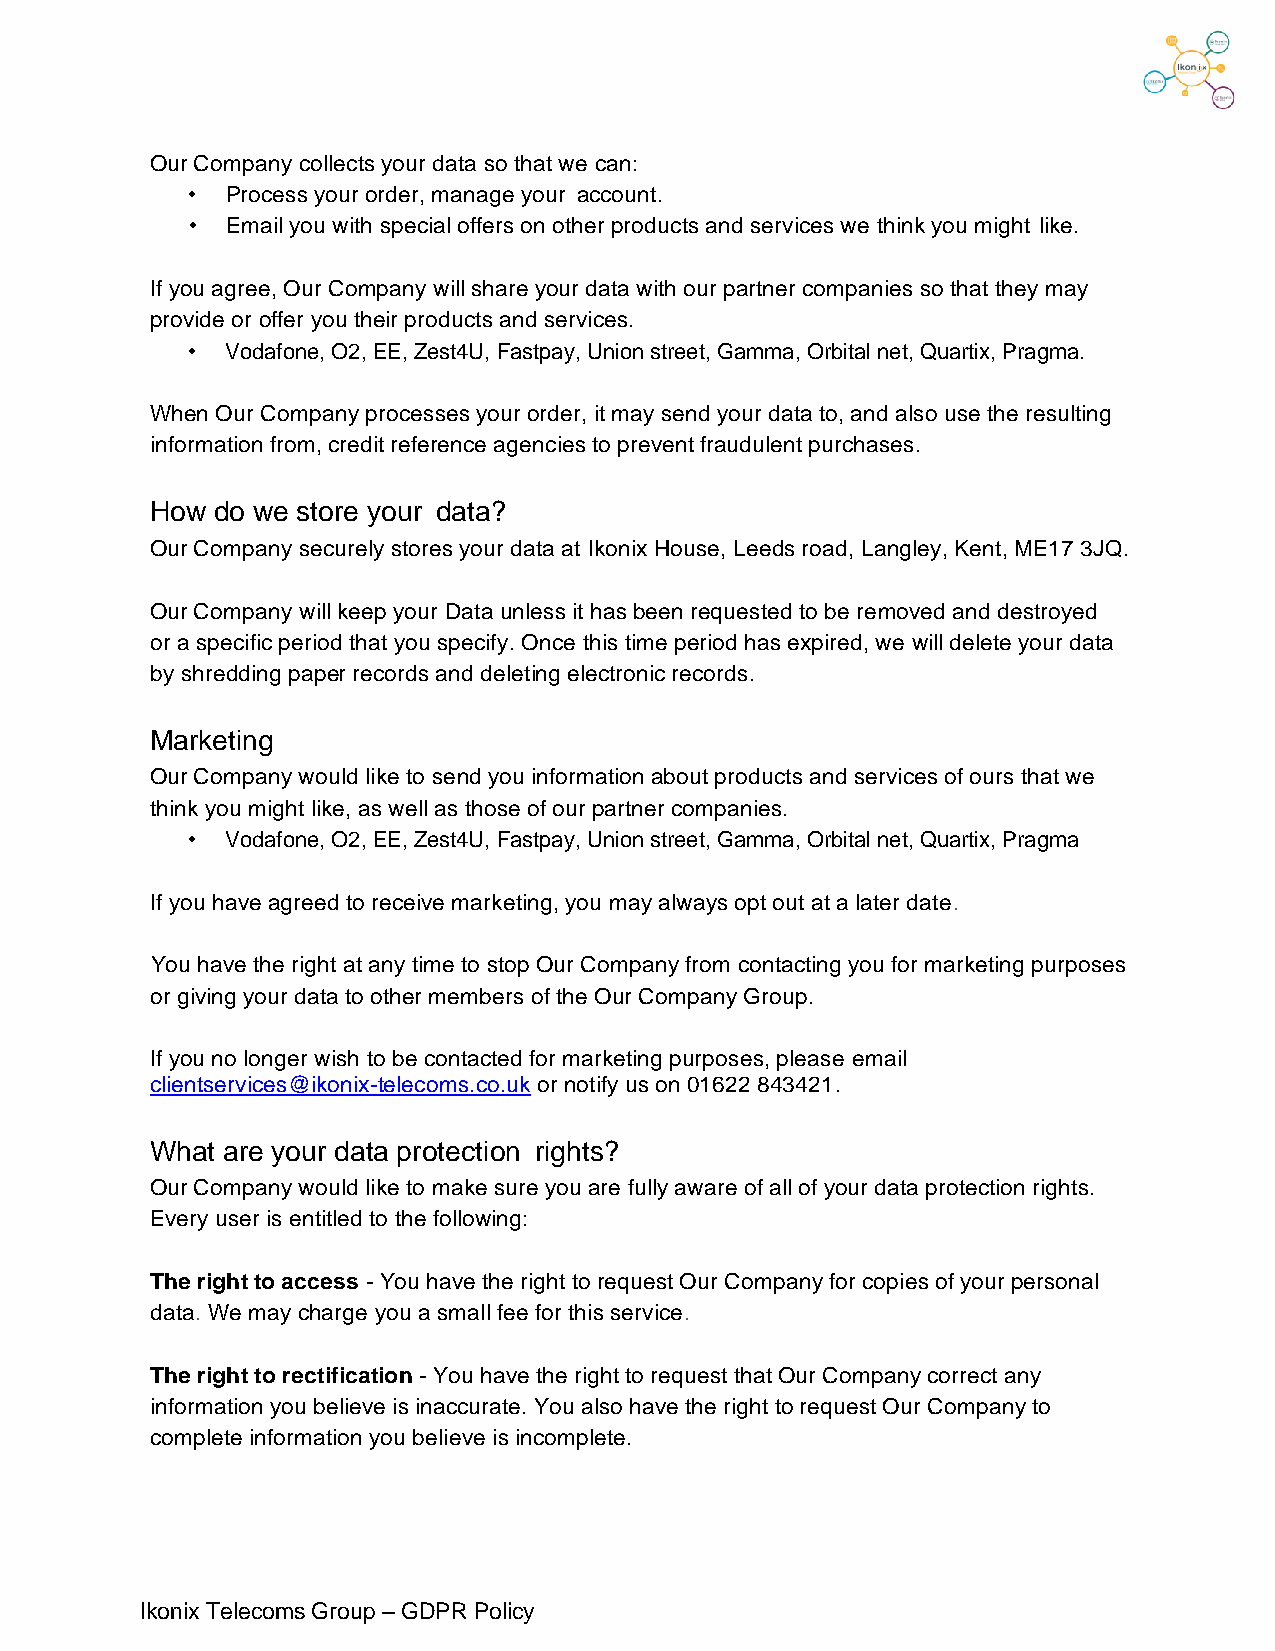
Our Company collects your data so that we can:
 •  Process your order, manage your account.
 •  Email you with special offers on other products and services we think you might like.
 If you agree, Our Company will share your data with our partner companies so that they may
 provide or offer you their products and services.
 •  Vodafone, O2, EE, Zest4U, Fastpay, Union street, Gamma, Orbital net, Quartix, Pragma.
 When Our Company processes your order, it may send your data to, and also use the resulting
 information from, credit reference agencies to prevent fraudulent purchases.
 How do we store your data?
 Our Company securely stores your data at Ikonix House, Leeds road, Langley, Kent, ME17 3JQ.
 Our Company will keep your Data unless it has been requested to be removed and destroyed
 or a specific period that you specify. Once this time period has expired, we will delete your data
 by shredding paper records and deleting electronic records.
 Marketing
 Our Company would like to send you information about products and services of ours that we
 think you might like, as well as those of our partner companies.
 •  Vodafone, O2, EE, Zest4U, Fastpay, Union street, Gamma, Orbital net, Quartix, Pragma
 If you have agreed to receive marketing, you may always opt out at a later date.
 You have the right at any time to stop Our Company from contacting you for marketing purposes
 or giving your data to other members of the Our Company Group.
 If you no longer wish to be contacted for marketing purposes, please email
 clientservices@ikonix-telecoms.co.uk or notify us on 01622 843421.
 What are your data protection rights?
 Our Company would like to make sure you are fully aware of all of your data protection rights.
 Every user is entitled to the following:
 The right to access - You have the right to request Our Company for copies of your personal
 data. We may charge you a small fee for this service.
 The right to rectification - You have the right to request that Our Company correct any
 information you believe is inaccurate. You also have the right to request Our Company to
 complete information you believe is incomplete.
 Ikonix Telecoms Group – GDPR Policy